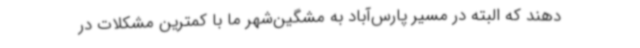
دهند که البته در مسیر پارس‌آباد به مشگین‌شهر ما با کمترین مشکلات در